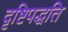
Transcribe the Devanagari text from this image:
दृष्टिपद्धति